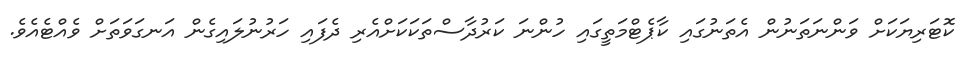
ކޮޓަރިޔަކަށް ވަންނަތަނުން އެތަނުގައި ކާޕެޓްމަތީގައި ހުންނަ ކަރުދާސްތަކަކަށްއެރި ދެފައި ހަރުނުލައިގެން އަނގަވަތަށް ވެއްޓެއެވެ.